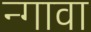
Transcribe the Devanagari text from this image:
न्गावा